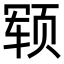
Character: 𬱢